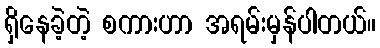
ရှိနေခဲ့တဲ့ စကားဟာ အရမ်းမှန်ပါတယ်။